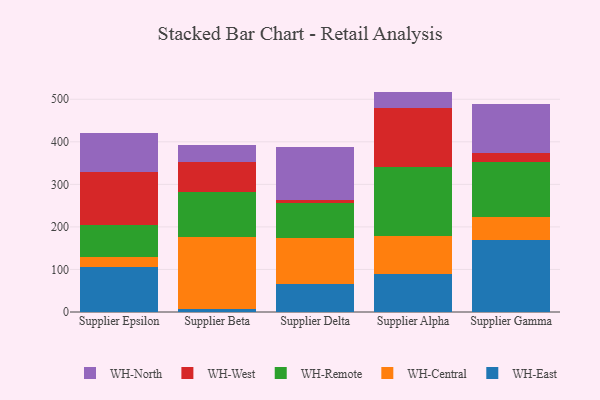
{"axis": {"x": "Supplier", "y": "Revenue (USD Million)"}, "legend": ["WH-Central", "WH-East", "WH-North", "WH-Remote", "WH-West"], "data": [{"x": "Supplier Epsilon", "y": 106.0, "type": "WH-East"}, {"x": "Supplier Epsilon", "y": 24.1, "type": "WH-Central"}, {"x": "Supplier Epsilon", "y": 75.0, "type": "WH-Remote"}, {"x": "Supplier Epsilon", "y": 122.9, "type": "WH-West"}, {"x": "Supplier Epsilon", "y": 91.9, "type": "WH-North"}, {"x": "Supplier Beta", "y": 5.9, "type": "WH-East"}, {"x": "Supplier Beta", "y": 170.7, "type": "WH-Central"}, {"x": "Supplier Beta", "y": 105.4, "type": "WH-Remote"}, {"x": "Supplier Beta", "y": 71.3, "type": "WH-West"}, {"x": "Supplier Beta", "y": 38.8, "type": "WH-North"}, {"x": "Supplier Delta", "y": 66.2, "type": "WH-East"}, {"x": "Supplier Delta", "y": 107.2, "type": "WH-Central"}, {"x": "Supplier Delta", "y": 81.7, "type": "WH-Remote"}, {"x": "Supplier Delta", "y": 8.4, "type": "WH-West"}, {"x": "Supplier Delta", "y": 124.6, "type": "WH-North"}, {"x": "Supplier Alpha", "y": 88.7, "type": "WH-East"}, {"x": "Supplier Alpha", "y": 90.7, "type": "WH-Central"}, {"x": "Supplier Alpha", "y": 161.0, "type": "WH-Remote"}, {"x": "Supplier Alpha", "y": 139.2, "type": "WH-West"}, {"x": "Supplier Alpha", "y": 38.4, "type": "WH-North"}, {"x": "Supplier Gamma", "y": 168.8, "type": "WH-East"}, {"x": "Supplier Gamma", "y": 53.4, "type": "WH-Central"}, {"x": "Supplier Gamma", "y": 130.1, "type": "WH-Remote"}, {"x": "Supplier Gamma", "y": 21.1, "type": "WH-West"}, {"x": "Supplier Gamma", "y": 116.0, "type": "WH-North"}]}